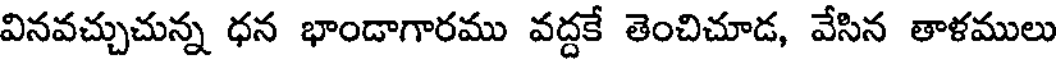
వినవచ్చుచున్న ధన భాండాగారము వద్దకే తెంచిచూడ, వేసిన తాళములు